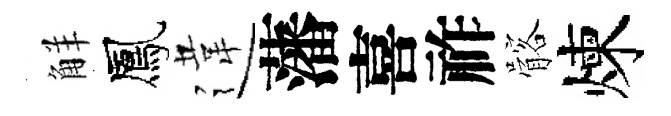
觧鳳違藩喜祚髂煉